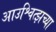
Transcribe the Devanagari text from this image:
आउश्वित्झच्या